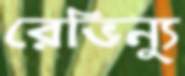
রেভিন্যু